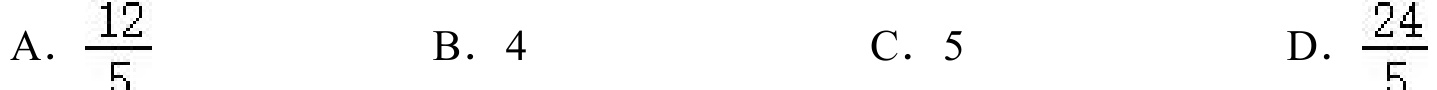
A. \(\dfrac{12}{5}\)  B. \(4\)  C. \(5\)  D. \(\dfrac{24}{5}\)